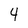
Character: 4